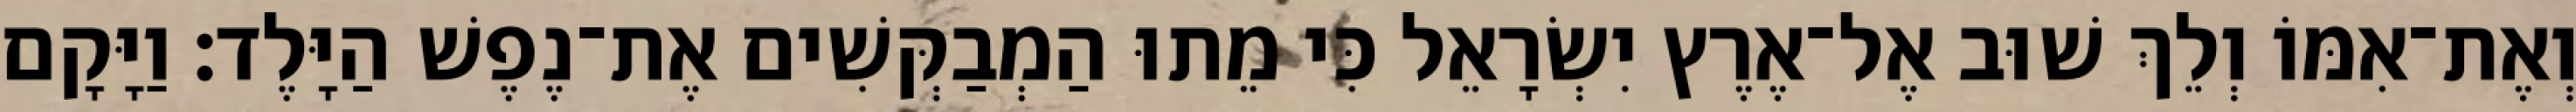
וְאֶת־אִמּוֹ וְלֵךְ שׁוּב אֶל־אֶרֶץ יִשְׂרָאֵל כִּי מֵתוּ הַמְבַקְּשִׁים אֶת־נֶפֶשׁ הַיָּלֶד׃ וַיָּקָם